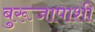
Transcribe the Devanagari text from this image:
बुरूजापाशी